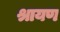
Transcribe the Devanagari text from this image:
श्रायण